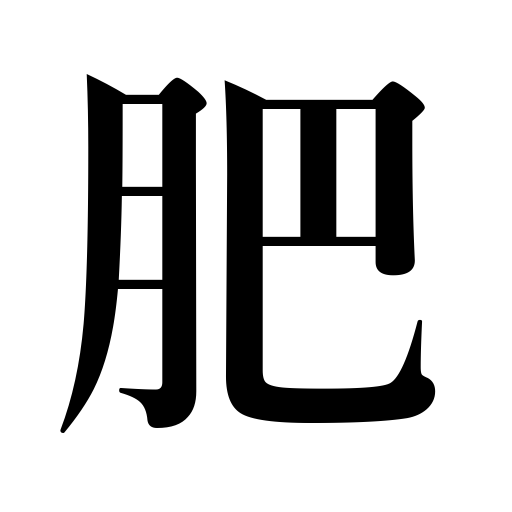
Meanings: manure,pamper one's taste,fertilize,feather one's nest,fatten,fertilizer,enrich,get fertile,night soil,get fat